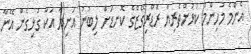
އެންމެ މުހިންމު ކުޅުންތެރިޔާ ރޮޑްރިގޭޒްގެ ކޮނޑަށް ލިބުނު އަނިޔާ އަކާ ގުޅިގެން އޭނާ